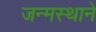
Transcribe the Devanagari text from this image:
जन्मस्थाने